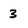
Character: 3